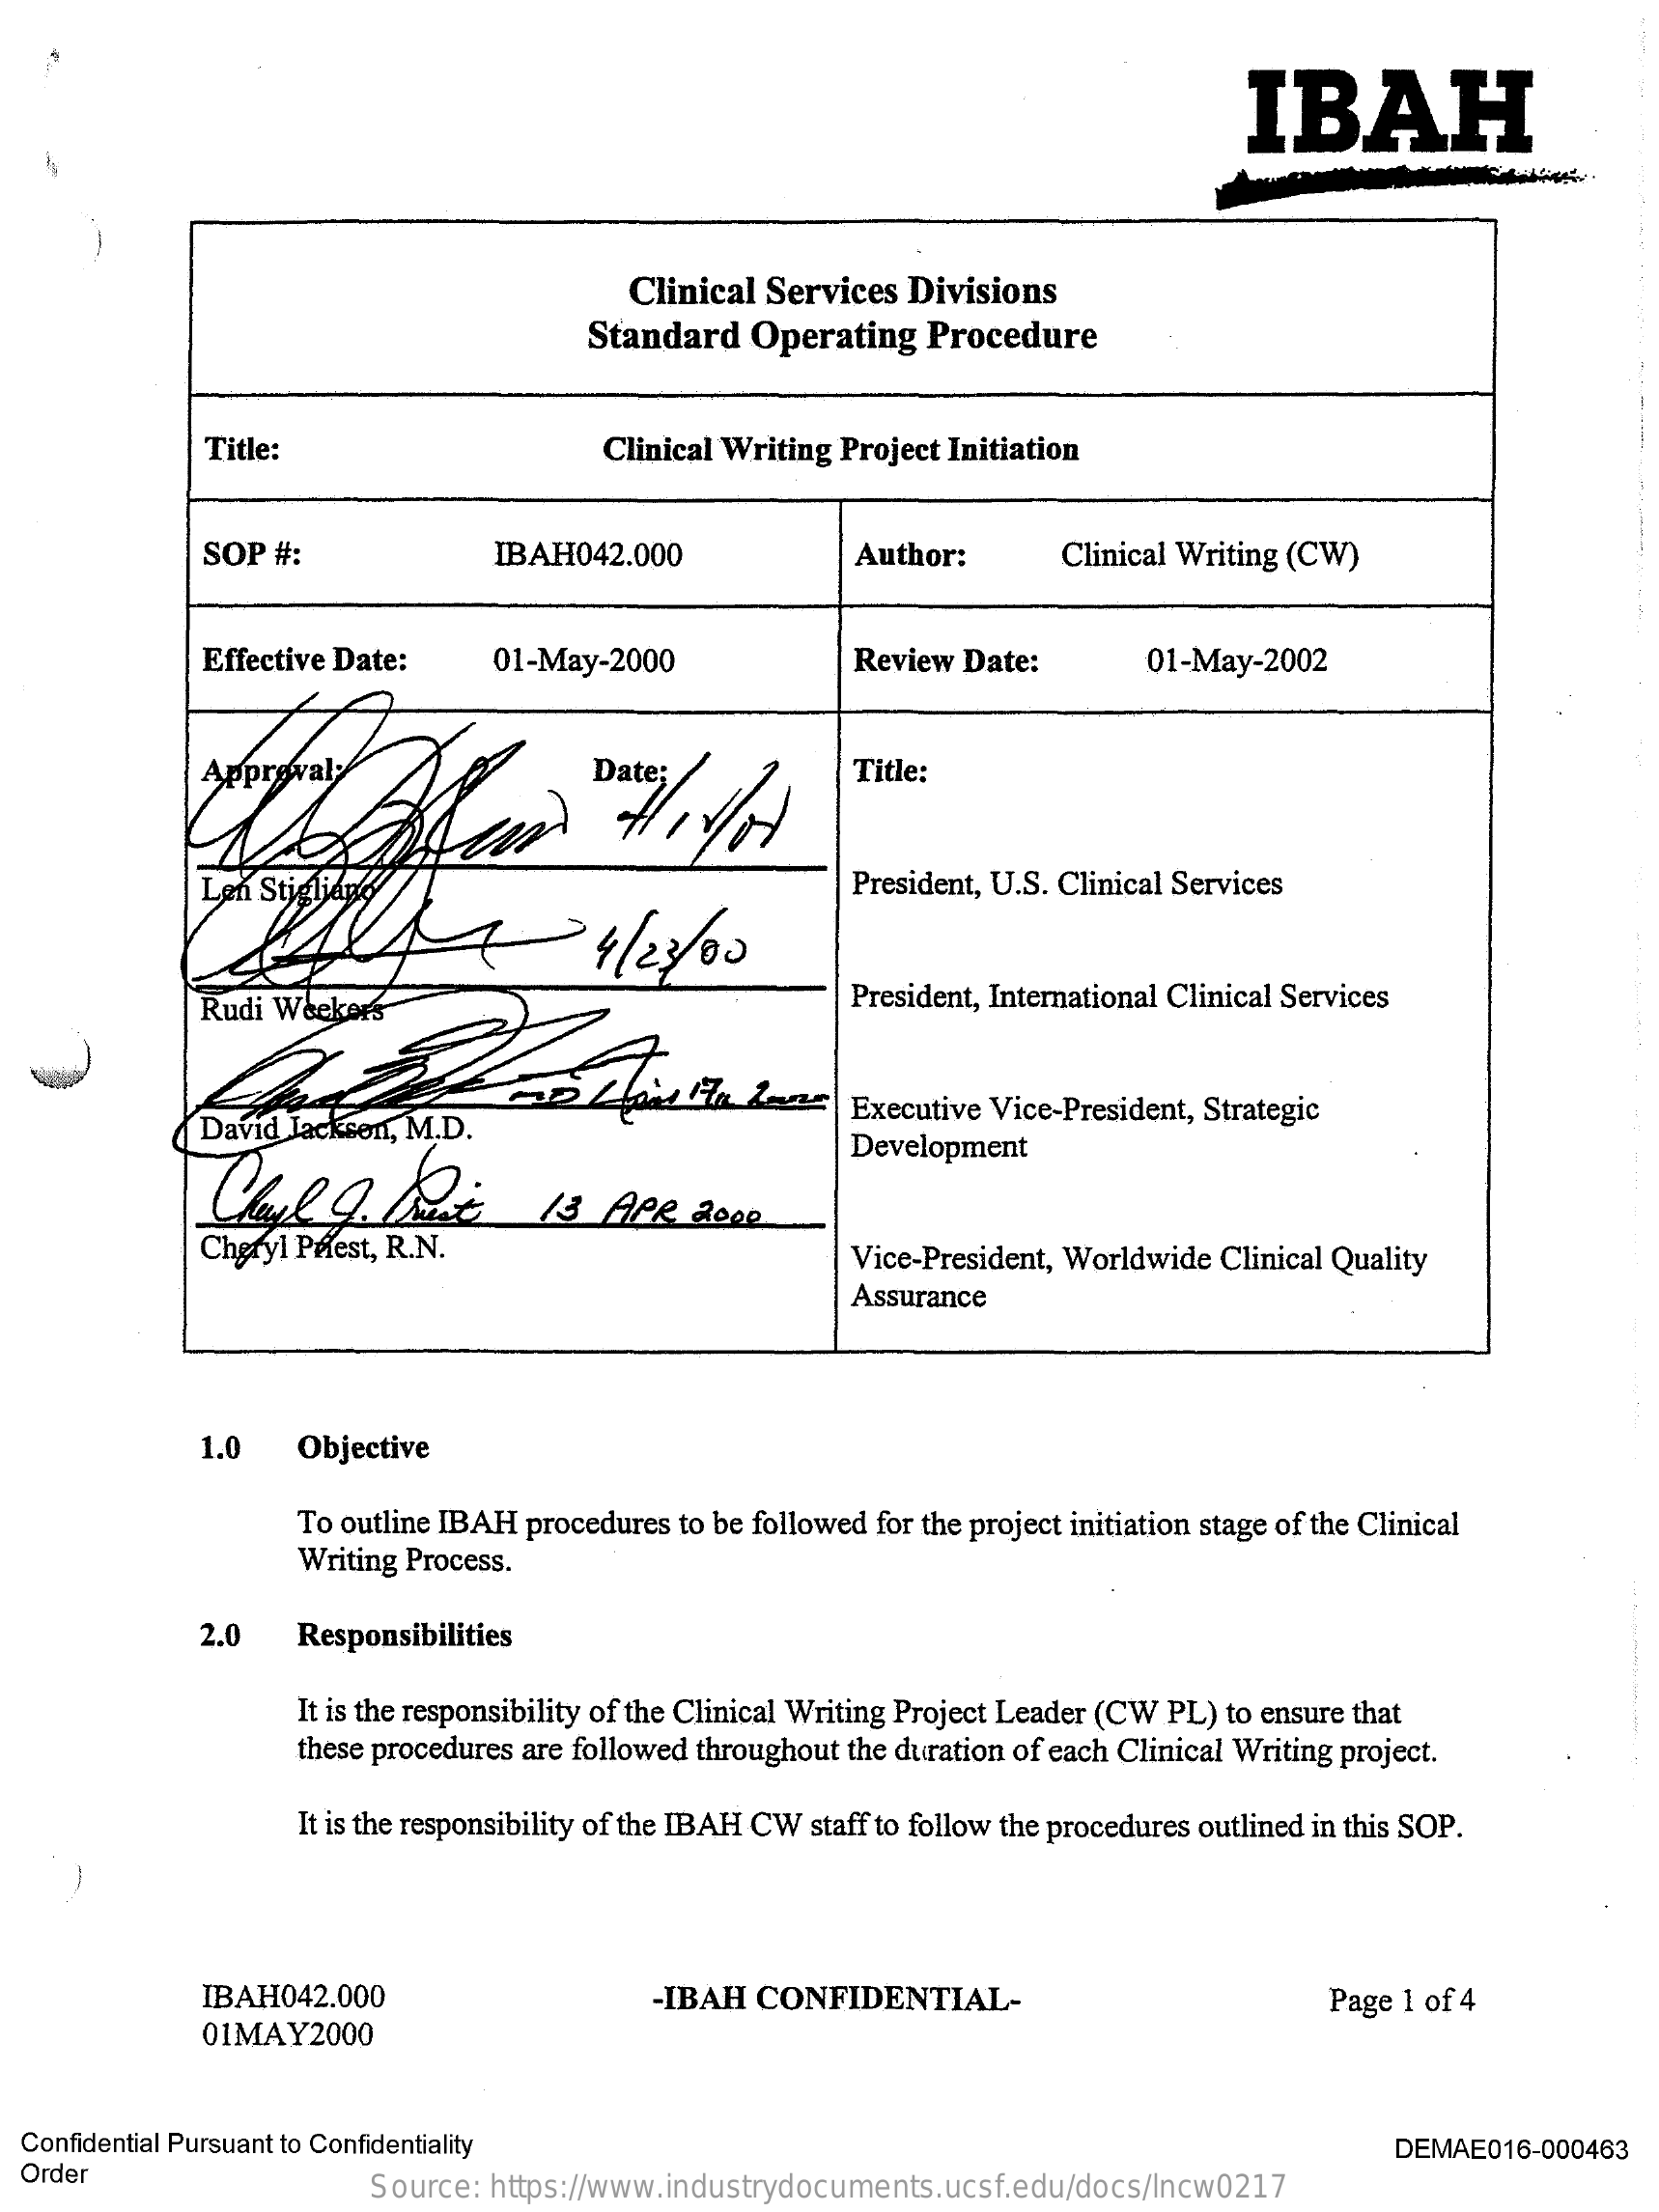
IBAH
     Clinical Services Divisions
     Standard  Operating  Procedure
     Title:    Clinical Writing Project Initiation
     SOP  #:    IBAH042.000    Author:    Clinical Writing (CW)
     Effective Date:    01-May-2000    Review Date:    01-May-2002
     Title:
     44    1/23/00
     President, U.S. Clinical Services
     Rudi Weekers    President, International Clinical Services
     David Jackson, M.D.    Executive Vice-President, Strategic
     Development
     Cheryl Pøest, R.N.    Vice-President, Worldwide Clinical Quality
     Assurance
     1.0   Objective
     To outline IBAH procedures to be followed for the project initiation stage of the Clinical
     Writing Process.
     2.0   Responsibilities
     It is the responsibility of the Clinical Writing Project Leader (CW PL) to ensure that
     these procedures are followed throughout the duration of each Clinical Writing project.
     It is the responsibility of the IBAH CW staff to follow the procedures outlined in this SOP.
     IBAH042.000    -IBAH CONFIDENTIAL-    Page 1 of 4
     01MAY2000
  Confidential Pursuant to Confidentiality
  Order
     DEMAE016-000463
     Source: https://www.industrydocuments.ucsf.edu/docs/lncw0217